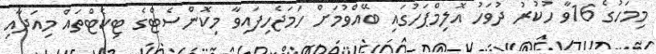
މިމަހުގެ 16ވާ ހުކުރު ދުވަހު އޮލިމްޕަހުގައި ބޭއްވުމަށް ހަމަޖެހިފައިވާ މިކޮންސެޓްގެ ޓިކެޓްތައް މިއަދާއި